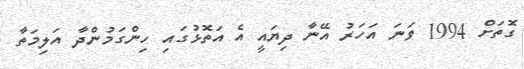
ގޮތަށް 1994 ވަނަ އަހަރު އޭނާ ދިޔައީ އެ އަތޮޅުގައި ހިންގަމުންދާ އަލިމަތާ